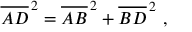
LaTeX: { \overline { { A D } } } ^ { \, 2 } = { \overline { { A B } } } ^ { \, 2 } + { \overline { { B D } } } ^ { \, 2 } \ ,